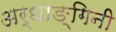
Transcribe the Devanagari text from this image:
अर्धाङ्गिनी